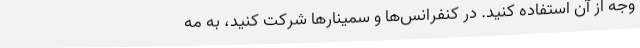
وجه از آن استفاده کنید. در کنفرانس‌ها و سمینارها شرکت کنید، به مه